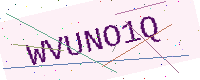
Text: WVUNO1Q